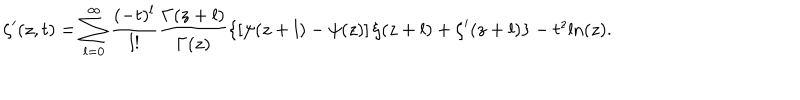
\zeta ^ { \prime } ( z , t ) = \sum _ { l = 0 } ^ { \infty } \frac { ( - t ) ^ { l } } { l ! } \frac { \Gamma ( z + l ) } { \Gamma ( z ) } \left\{ \left[ \psi ( z + l ) - \psi ( z ) \right] \zeta ( z + l ) + \zeta ^ { \prime } ( z + l ) \right\} - t ^ { z } \mathrm { l n } ( z ) .